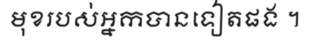
មុខរបស់អ្នកបានទៀតផង ។